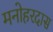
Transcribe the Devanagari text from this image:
मनोहरदास